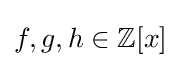
f,g,h\in \mathbb {Z} [x]